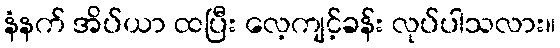
နံနက် အိပ်ယာ ထပြီး လေ့ကျင့်ခန်း လုပ်ပါသလား။